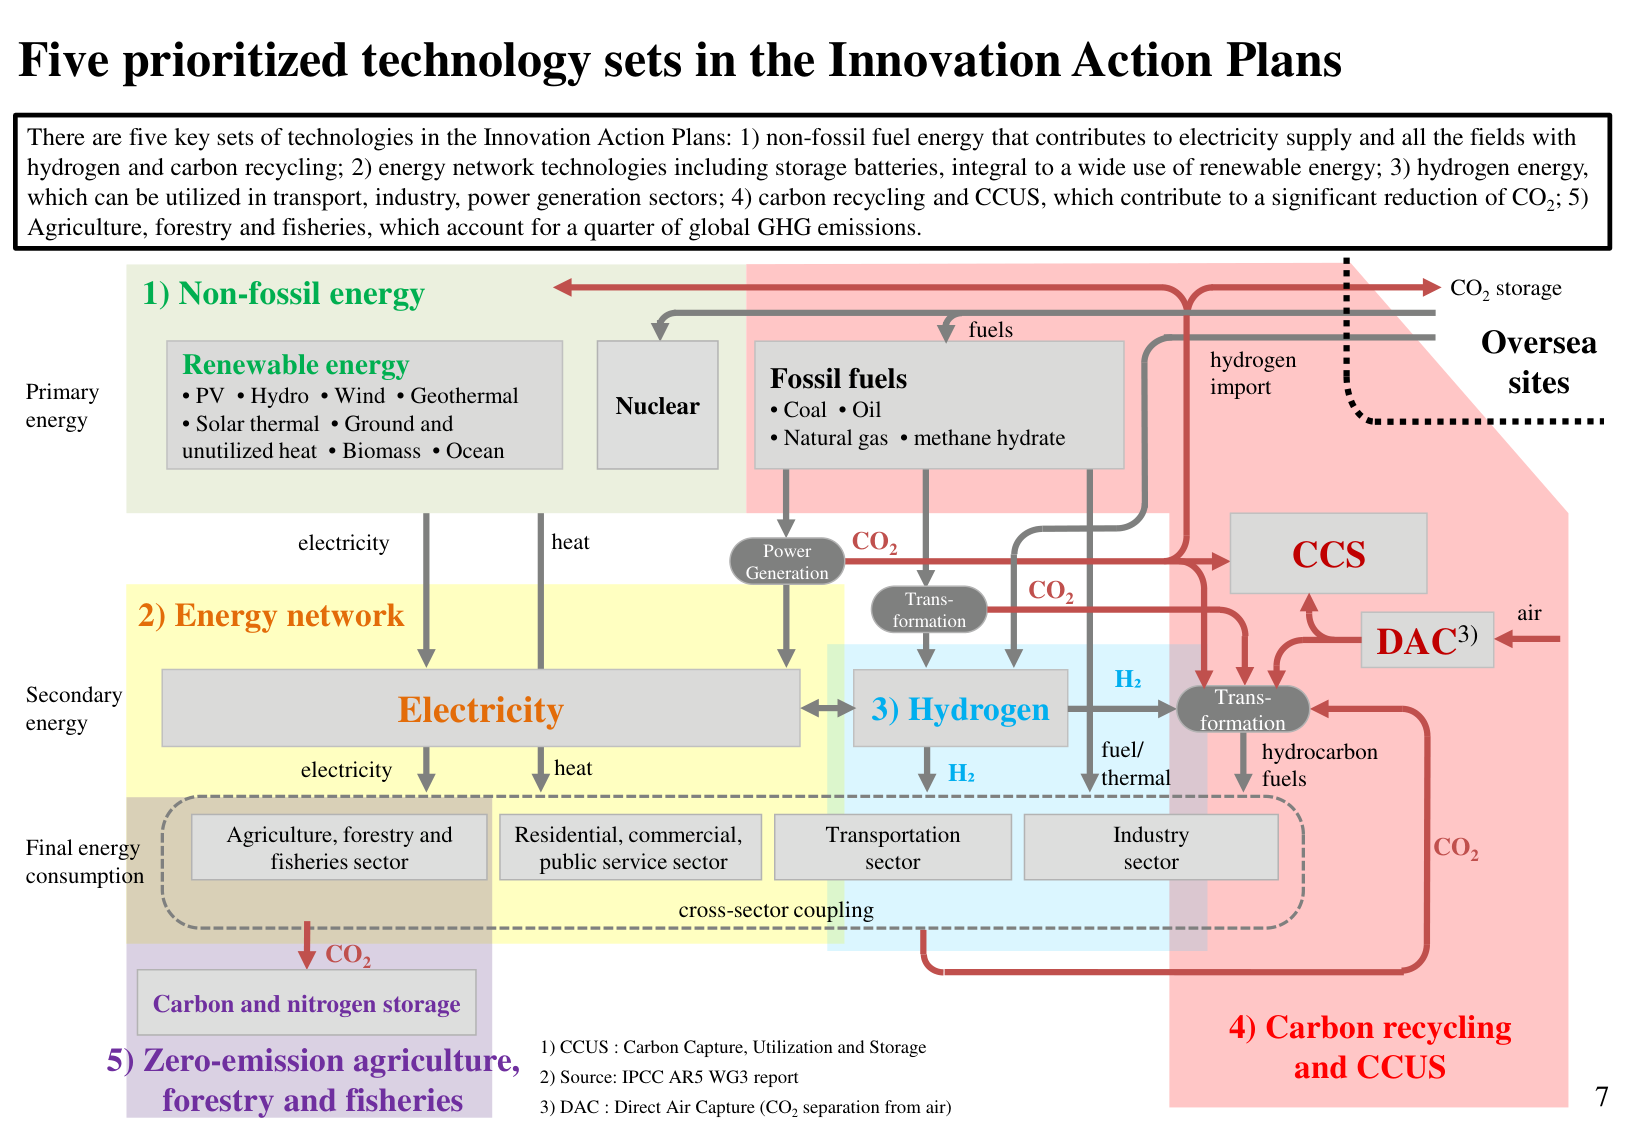
Five prioritized technology sets in the Innovation Action Plans

There are five key sets of technologies in the Innovation Action Plans: 1) non-fossil fuel energy that contributes to electricity supply and all the fields with hydrogen and carbon recycling; 2) energy network technologies including storage batteries, integral to a wide use of renewable energy; 3) hydrogen energy, which can be utilized in transport, industry, power generation sectors; 4) carbon recycling and CCUS, which contribute to a significant reduction of CO₂; 5) Agriculture, forestry and fisheries, which account for a quarter of global GHG emissions.

1) Non-fossil energy
Renewable energy
• PV • Hydro • Wind • Geothermal
• Solar thermal • Ground and
unutilized heat • Biomass • Ocean
Nuclear
Fossil fuels
• Coal • Oil
• Natural gas • methane hydrate

2) Energy network
Electricity

3) Hydrogen
H₂

4) Carbon recycling and CCUS
CCS
DAC(3)
air
CO₂
hydrogen import
CO₂ storage
Oversea sites

5) Zero-emission agriculture, forestry and fisheries
Carbon and nitrogen storage

Primary energy
Secondary energy
Final energy consumption

electricity
heat
CO₂
fuel/thermal
hydrocarbon fuels
Trans-formation
Power Generation
Trans-formation
H₂
CO₂
CO₂
cross-sector coupling

Agriculture, forestry and fisheries sector
Residential, commercial, public service sector
Transportation sector
Industry sector

1) CCUS : Carbon Capture, Utilization and Storage
2) Source: IPCC AR5 WG3 report
3) DAC : Direct Air Capture (CO₂ separation from air)

7